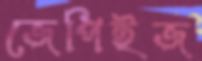
জেপিইজ